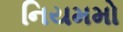
નિયમમો